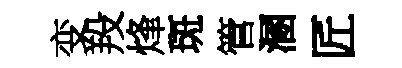
变羖烽斑管溷匠